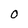
Character: O